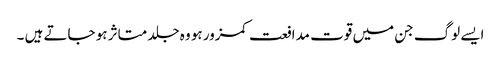
ایسے لوگ جن میں قوت مدافعت کمزور ہو وہ جلد متاثر ہو جاتے ہیں ۔